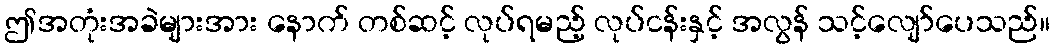
ဤအတုံးအခဲများအား နောက် တစ်ဆင့် လုပ်ရမည့် လုပ်ငန်းနှင့် အလွန် သင့်လျော်ပေသည်။